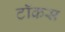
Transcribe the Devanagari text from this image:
टॉकस